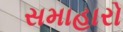
સમાહારો